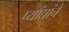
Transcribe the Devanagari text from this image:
प्यांद्यांचे